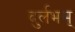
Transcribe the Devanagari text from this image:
दुर्लभम्